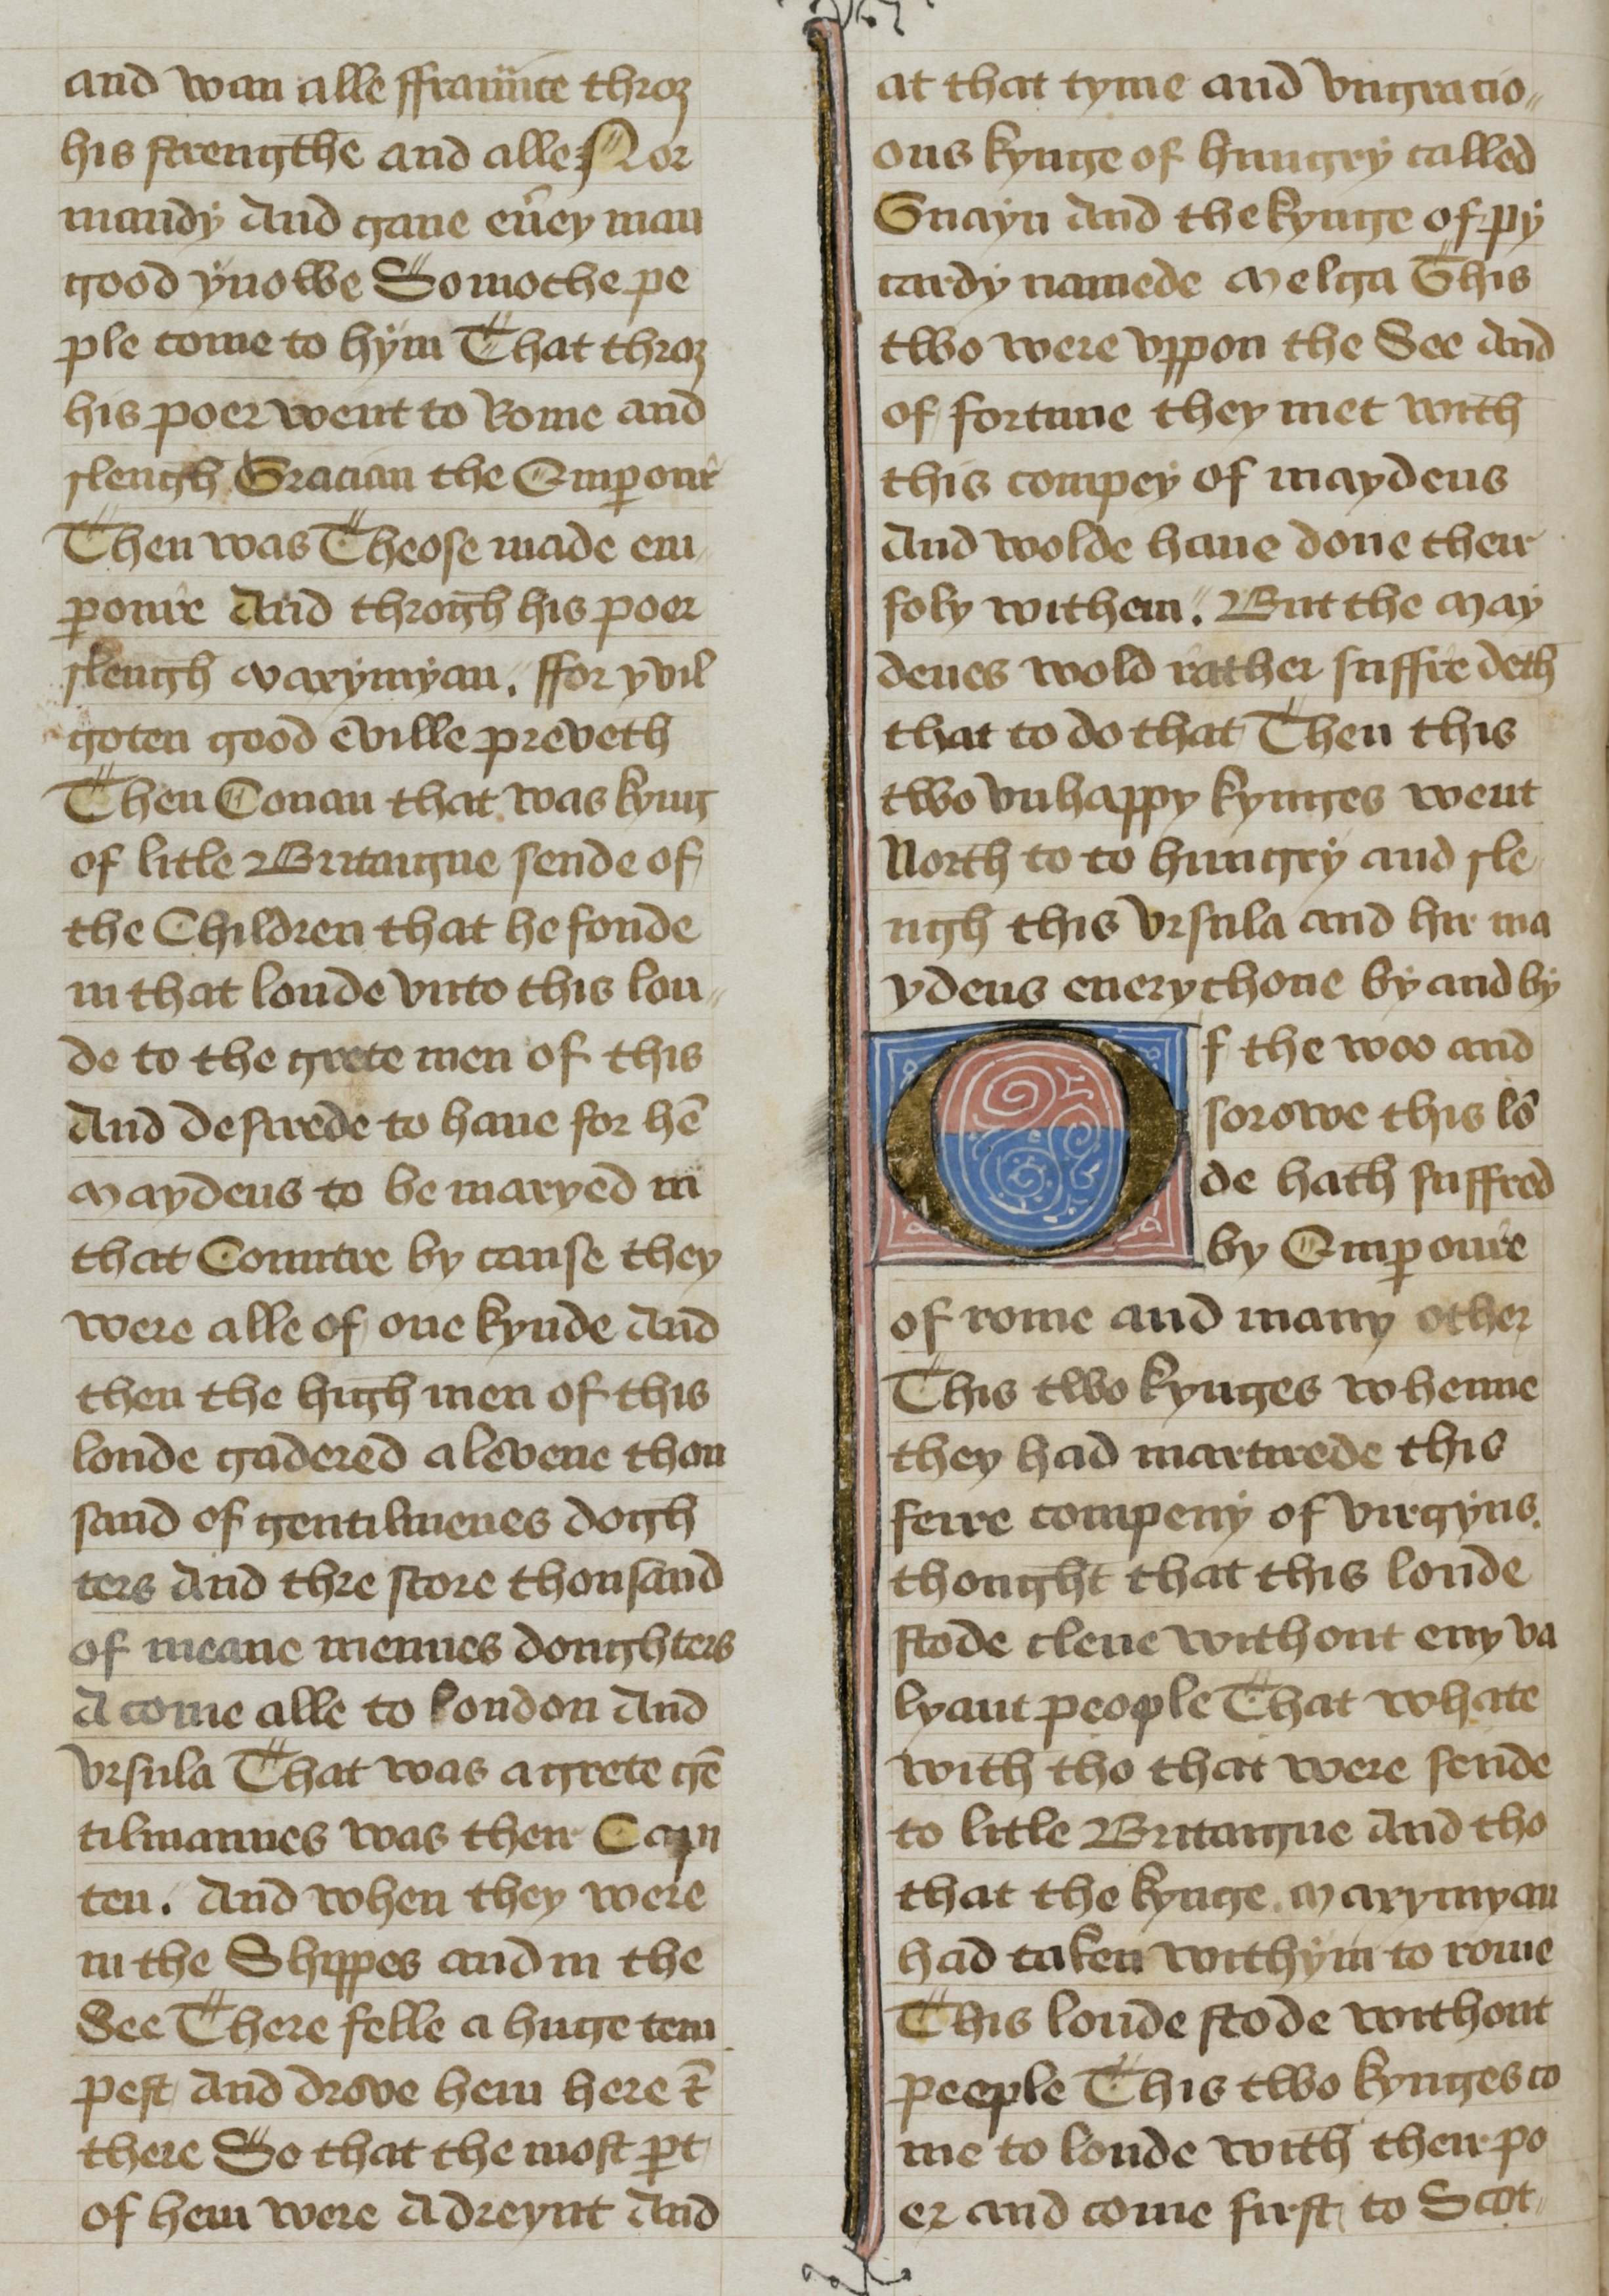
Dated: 1400–1499